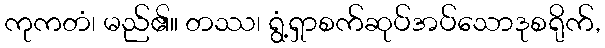
ကုကတံ၊ မည်၏။ တဿ၊ ရွံ့ရှာစက်ဆုပ်အပ်သောဒုစရိုက်,